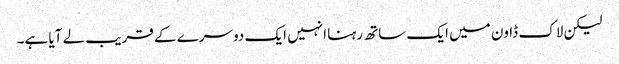
لیکن لاک ڈاون میں ایک ساتھ رہنا انہیں ایک دوسرے کے قریب لے آیا ہے۔